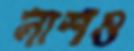
লাশও